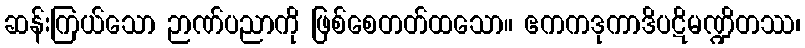
ဆန်းကြယ်သော ဉာဏ်ပညာကို ဖြစ်စေတတ်ထသော။ ဧကကဒုကာဒိပဋိမဏ္ဍိတဿ၊